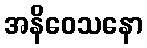
အနိဝေသနော